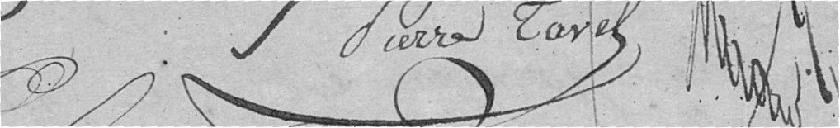
PIERRE CAVEL